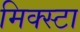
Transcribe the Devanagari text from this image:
मिक्स्टा